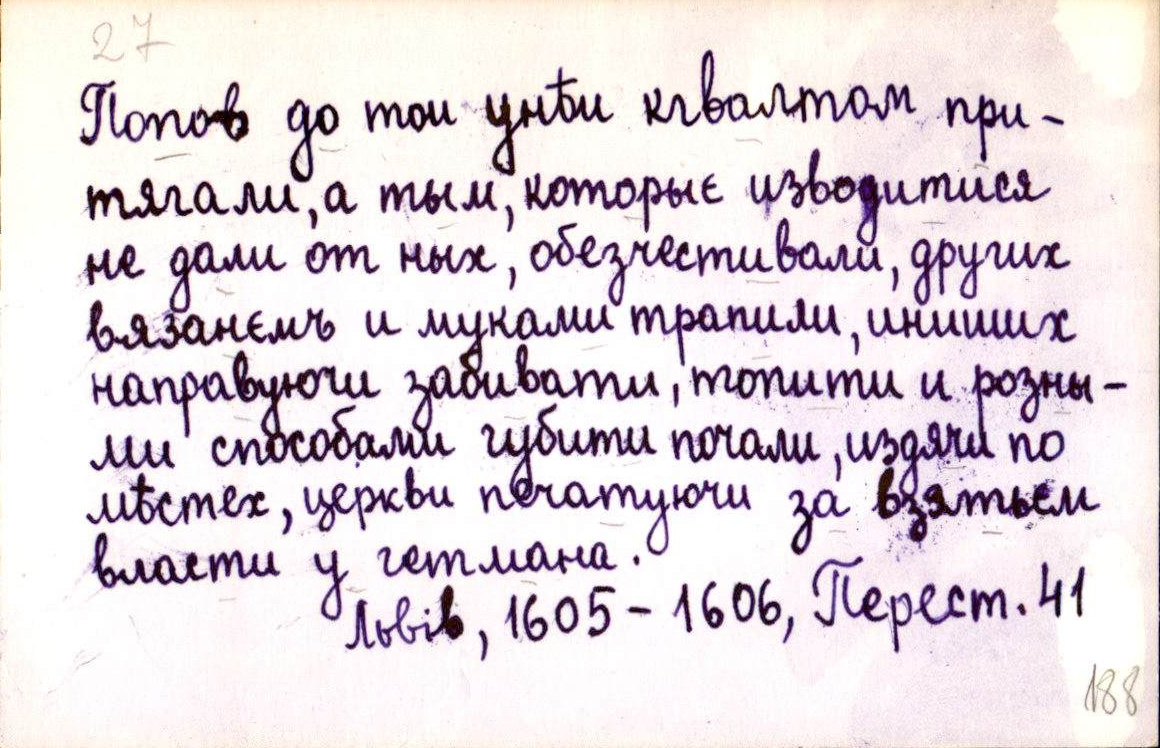
Попов до той унѣи квалтом при-
тягали, а тым, которыє изводитися
не дали от ных, обезчестивали, других
вязанємъ и муками трапили, иниших
направуючи забивати, топити и розны-
ми способами губити почали, издячи по
мѣстех, церкви печатуючи  за взятьєм
власти у гетмана.
Львів, 1605-1606, Перест. 41